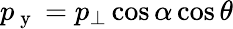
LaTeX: p_{\mathrm{~y~}}=p_{\bot}\cos{\alpha}\cos{\theta}